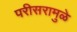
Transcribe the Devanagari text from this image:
परीसरामुळे